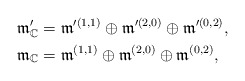
\begin{align*}&\frak{m}'_{\mathbb{C}}=\frak{m}'^{(1,1)}\oplus\frak{m}'^{(2,0)}\oplus \frak{m}'^{(0,2)},\\&\frak{m}_{\mathbb{C}}=\frak{m}^{(1,1)}\oplus\frak{m}^{(2,0)}\oplus \frak{m}^{(0,2)},\end{align*}